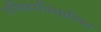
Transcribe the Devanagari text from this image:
गणिकाभिसारिका